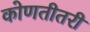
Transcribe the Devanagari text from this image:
कोणतीतरी